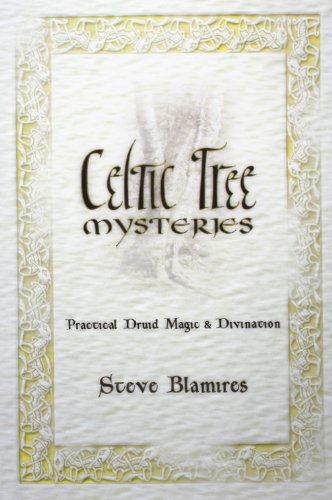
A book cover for Celtic Tree Mysteries: Practical Druid Magic & Divination; Stephen Blamires; Religion & Spirituality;